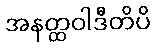
အနတ္ထဝါဒီတိပိ